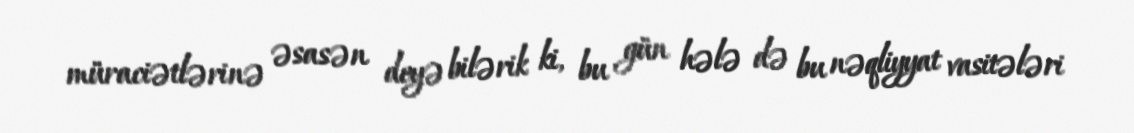
müraciətlərinə əsasən deyə bilərik ki, bu gün hələ də bu nəqliyyat vasitələri